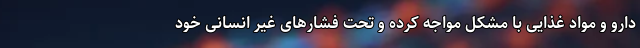
دارو و مواد غذایی با مشکل مواجه کرده و تحت فشارهای غیر انسانی خود